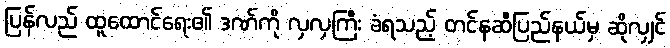
ပြန်လည် ထူထောင်ရေး၏ ဒဏ်ကို လှလှကြီး ခံရသည့် တင်နဆီပြည်နယ်မှ ဆိုလျှင်